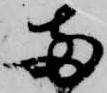
両